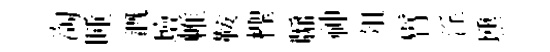
淘睡溉壇帷鞍檉牖神俎臂淫壎